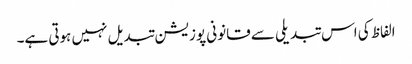
الفاظ کی اس تبدیلی سے قانونی پوزیشن تبدیل نہیں ہوتی ہے۔